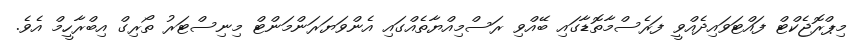
މިޕްރޮޖެކްޓް ފައްޓަވައިދެއްވީ ފަރެސްމާތޮޑާގައި ބޭއްވި ރަސްމިއްޔާތެއްގައި އެންވަޔަރަންމަންޓް މިނިސްޓަރު ތޯރިގް އިބްރާހީމް އެވެ.